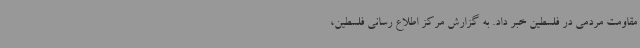
مقاومت مردمی در فلسطین خبر داد. به گزارش مرکز اطلاع رسانی فلسطین،